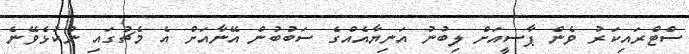
ސްޓްރައިކަރު ވެން ޕާސީއަށް ލިބުނު އަނިޔާއެއްގެ ސަބުބުން އޭނާއަށް އެ މެޗުގައި ނުކުޅެވޭނެ